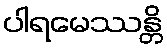
ပါရမေဿန္တိ